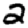
Digit: 2